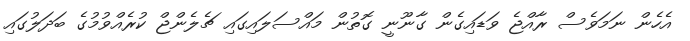
އެހެން ނަމަވެސް ރާއްޖެ ވަޑައިގެން ގާނޫނީ ގޮތުން މައްސަލައިގައި ޗެލެންޖް ކުރެއްވުމުގެ ބަދަލުގައި